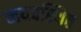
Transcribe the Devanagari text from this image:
व्वयवस्थित